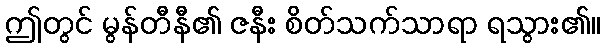
ဤတွင် မွန်တီနီ၏ ဇနီး စိတ်သက်သာရာ ရသွား၏။